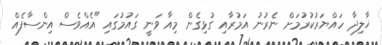
ޚާލިދާ ހައްޔަރުކުރުމަށް ނެރުނު އަމުރާއި ގުޅިގެން މިއާ ވަނީ ގައުމުގައި "އެއްވެސް އިންސާފެއް